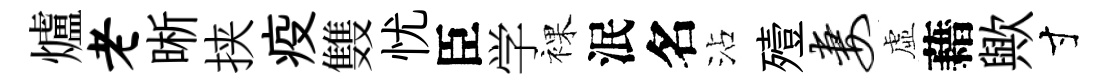
爐老晰挟疫䨇忧臣学裸泯名沾殪妻虛藉歟寸